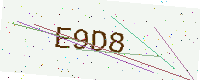
Text: E9D8